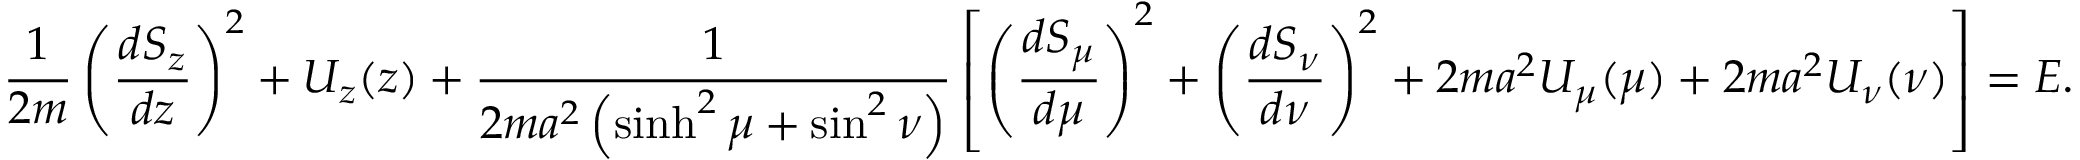
{ \frac { 1 } { 2 m } } \left( { \frac { d S _ { z } } { d z } } \right) ^ { 2 } + U _ { z } ( z ) + { \frac { 1 } { 2 m a ^ { 2 } \left( \sinh ^ { 2 } \mu + \sin ^ { 2 } \nu \right) } } \left[ \left( { \frac { d S _ { \mu } } { d \mu } } \right) ^ { 2 } + \left( { \frac { d S _ { \nu } } { d \nu } } \right) ^ { 2 } + 2 m a ^ { 2 } U _ { \mu } ( \mu ) + 2 m a ^ { 2 } U _ { \nu } ( \nu ) \right] = E .